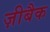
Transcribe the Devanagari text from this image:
ज़ीबैक